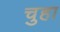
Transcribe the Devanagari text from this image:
चुहा